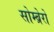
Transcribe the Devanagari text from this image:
सोम्ब्रेरो